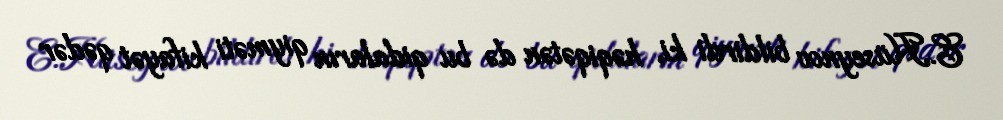
E.Hüseynov bildirdi ki, həqiqətən də bu qidaların qiyməti kifayət qədər